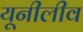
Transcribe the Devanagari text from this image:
यूनीलीव